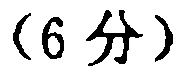
(6 分)